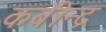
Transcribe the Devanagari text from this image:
कबीन्द्र